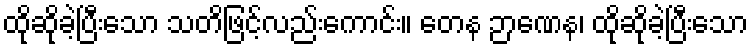
ထိုဆိုခဲ့ပြီးသော သတိဖြင့်လည်းကောင်း။ တေန ဉာဏေန၊ ထိုဆိုခဲ့ပြီးသော